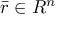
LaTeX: { \bar { r } } \in R ^ { n }